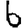
Digit: 6